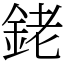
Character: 銠